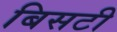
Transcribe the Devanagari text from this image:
बिसटी